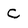
Character: C